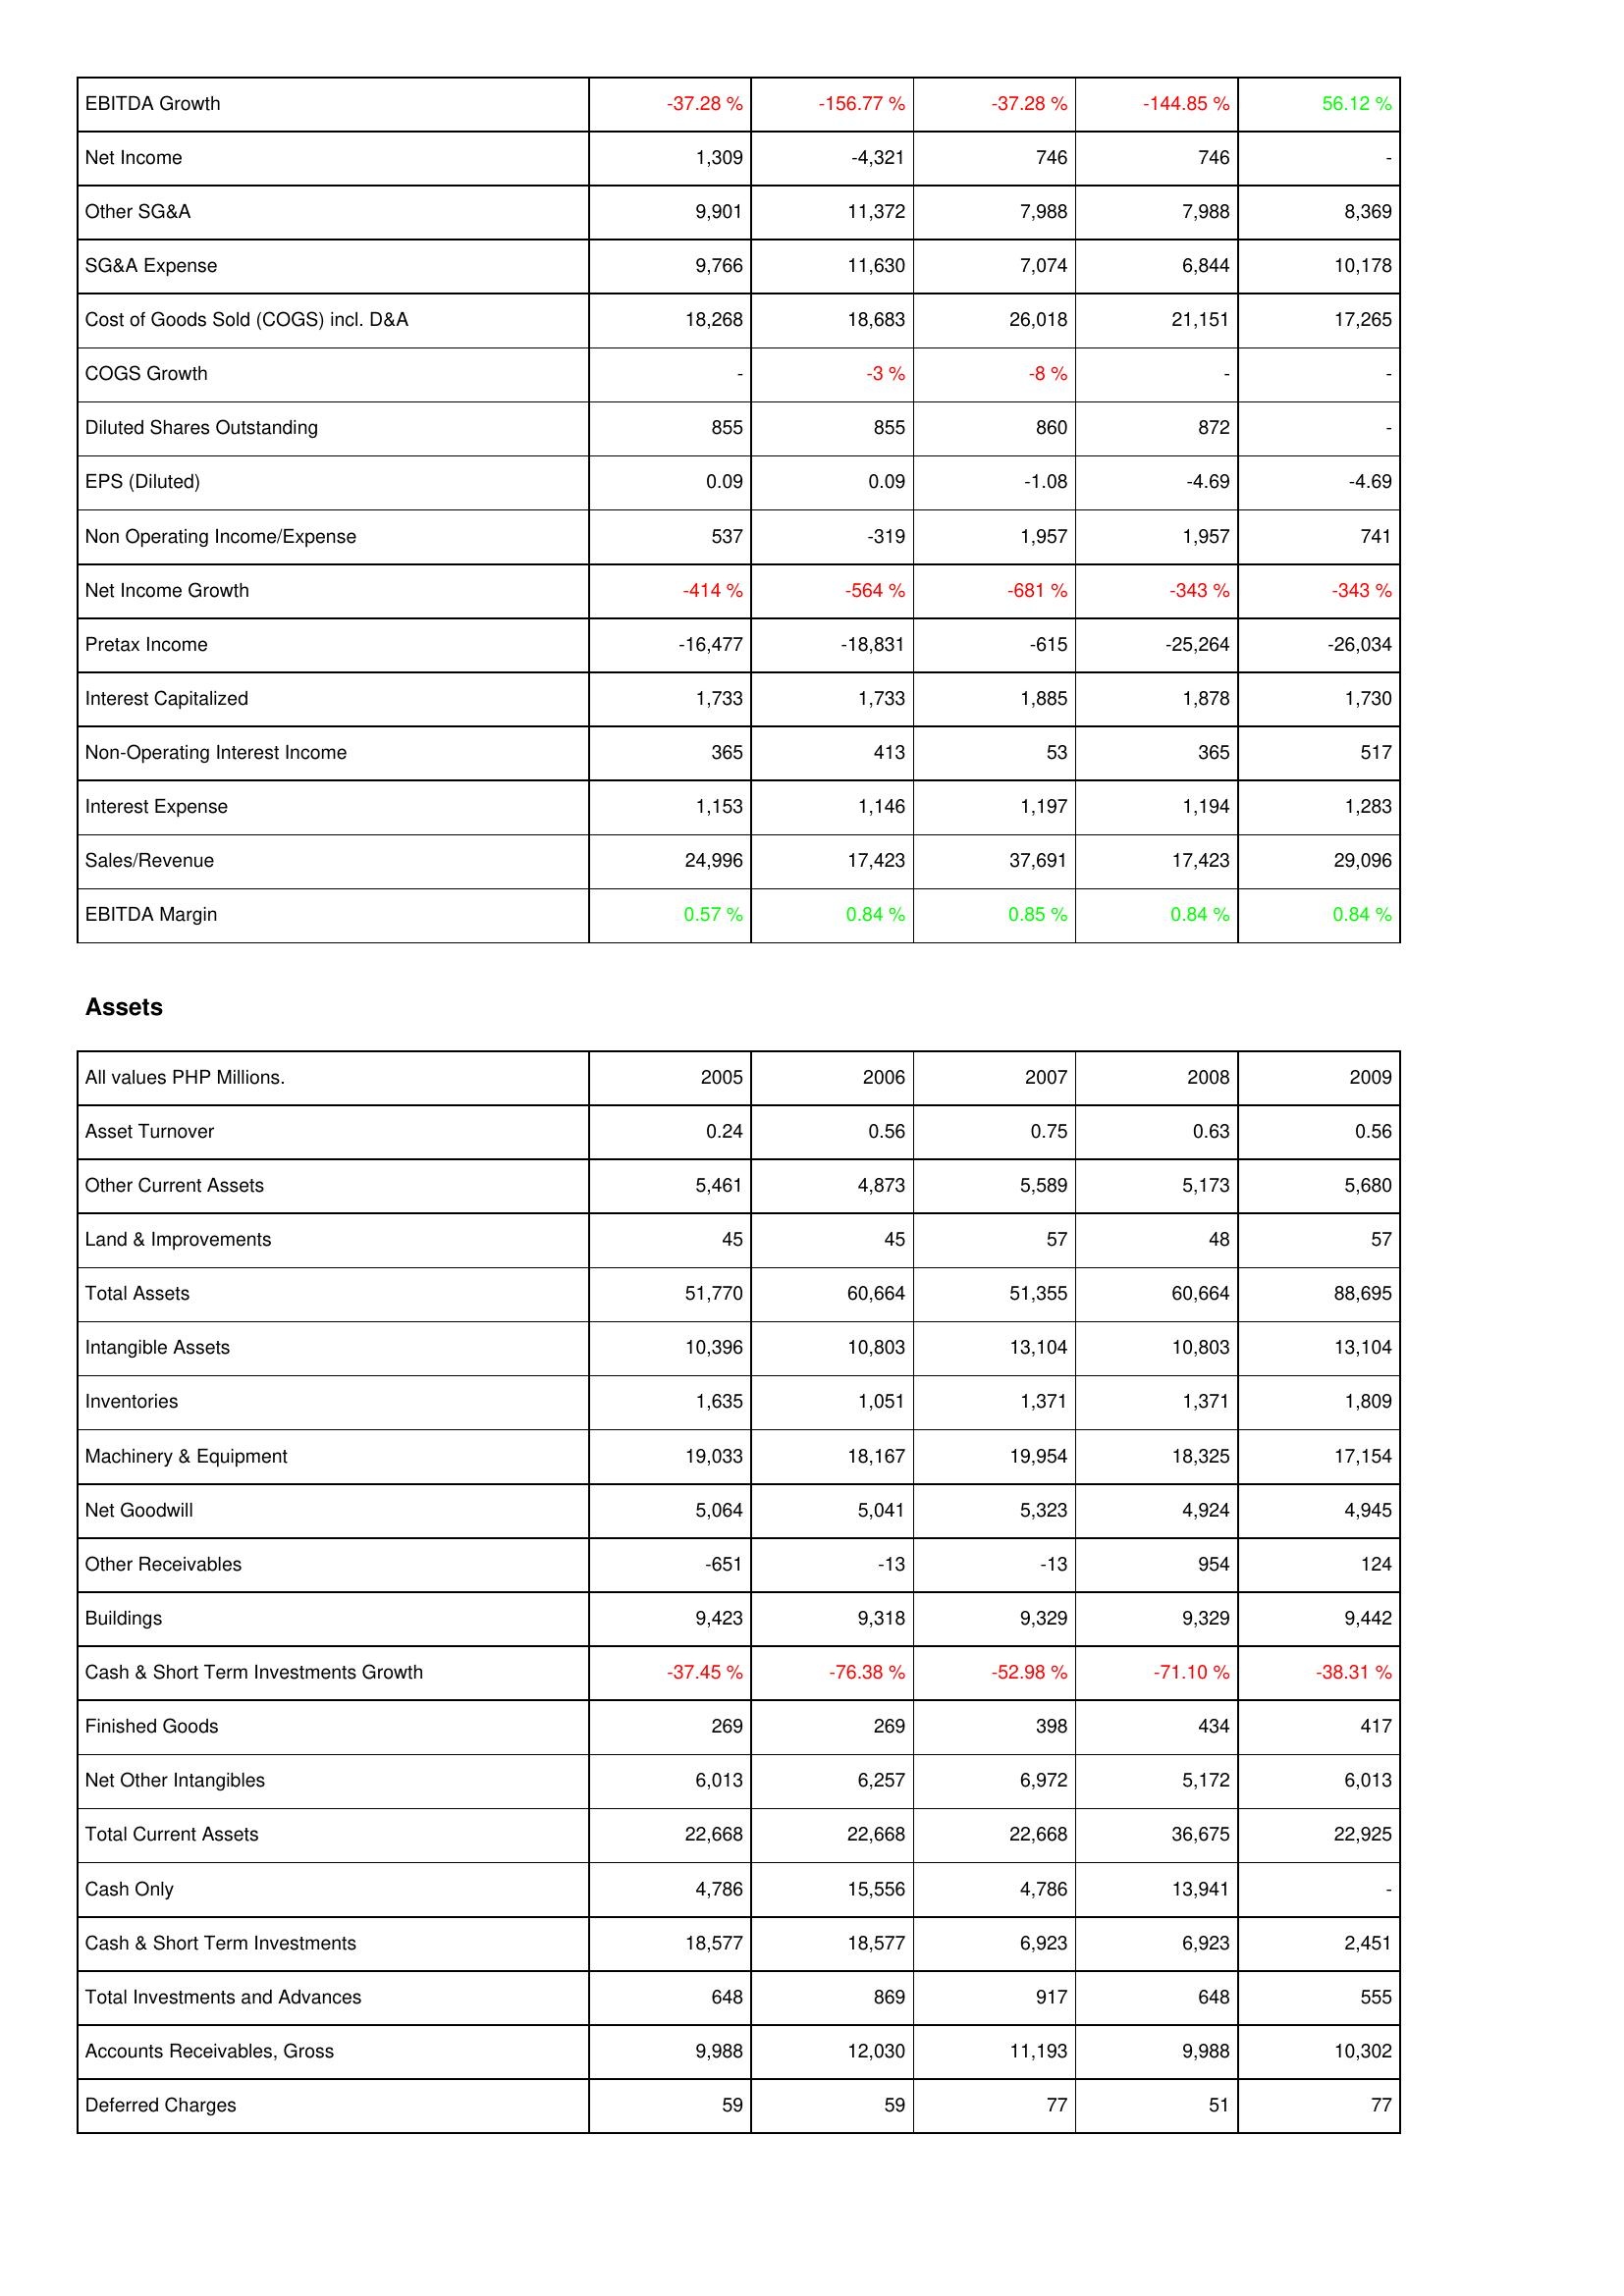
2005: Income Statement: EBITDA Growth: -37.28 %
Net Income: 1,309
Other SG&A: 9,901
SG&A Expense: 9,766
Cost of Goods Sold (COGS) incl. D&A: 18,268
COGS Growth: -
Diluted Shares Outstanding: 855
EPS (Diluted): 0.09
Non Operating Income/Expense: 537
Net Income Growth: -414 %
Pretax Income: -16,477
Interest Capitalized: 1,733
Non-Operating Interest Income: 365
Interest Expense: 1,153
Sales/Revenue: 24,996
EBITDA Margin: 0.57 %
Assets: Asset Turnover: 0.24
Other Current Assets: 5,461
Land & Improvements: 45
Total Assets: 51,770
Intangible Assets: 10,396
Inventories: 1,635
Machinery & Equipment: 19,033
Net Goodwill: 5,064
Other Receivables: -651
Buildings: 9,423
Cash & Short Term Investments Growth: -37.45 %
Finished Goods: 269
Net Other Intangibles: 6,013
Total Current Assets: 22,668
Cash Only: 4,786
Cash & Short Term Investments: 18,577
Total Investments and Advances: 648
Accounts Receivables, Gross: 9,988
Deferred Charges: 59
2006: Income Statement: EBITDA Growth: -156.77 %
Net Income: -4,321
Other SG&A: 11,372
SG&A Expense: 11,630
Cost of Goods Sold (COGS) incl. D&A: 18,683
COGS Growth: -3 %
Diluted Shares Outstanding: 855
EPS (Diluted): 0.09
Non Operating Income/Expense: -319
Net Income Growth: -564 %
Pretax Income: -18,831
Interest Capitalized: 1,733
Non-Operating Interest Income: 413
Interest Expense: 1,146
Sales/Revenue: 17,423
EBITDA Margin: 0.84 %
Assets: Asset Turnover: 0.56
Other Current Assets: 4,873
Land & Improvements: 45
Total Assets: 60,664
Intangible Assets: 10,803
Inventories: 1,051
Machinery & Equipment: 18,167
Net Goodwill: 5,041
Other Receivables: -13
Buildings: 9,318
Cash & Short Term Investments Growth: -76.38 %
Finished Goods: 269
Net Other Intangibles: 6,257
Total Current Assets: 22,668
Cash Only: 15,556
Cash & Short Term Investments: 18,577
Total Investments and Advances: 869
Accounts Receivables, Gross: 12,030
Deferred Charges: 59
2007: Income Statement: EBITDA Growth: -37.28 %
Net Income: 746
Other SG&A: 7,988
SG&A Expense: 7,074
Cost of Goods Sold (COGS) incl. D&A: 26,018
COGS Growth: -8 %
Diluted Shares Outstanding: 860
EPS (Diluted): -1.08
Non Operating Income/Expense: 1,957
Net Income Growth: -681 %
Pretax Income: -615
Interest Capitalized: 1,885
Non-Operating Interest Income: 53
Interest Expense: 1,197
Sales/Revenue: 37,691
EBITDA Margin: 0.85 %
Assets: Asset Turnover: 0.75
Other Current Assets: 5,589
Land & Improvements: 57
Total Assets: 51,355
Intangible Assets: 13,104
Inventories: 1,371
Machinery & Equipment: 19,954
Net Goodwill: 5,323
Other Receivables: -13
Buildings: 9,329
Cash & Short Term Investments Growth: -52.98 %
Finished Goods: 398
Net Other Intangibles: 6,972
Total Current Assets: 22,668
Cash Only: 4,786
Cash & Short Term Investments: 6,923
Total Investments and Advances: 917
Accounts Receivables, Gross: 11,193
Deferred Charges: 77
2008: Income Statement: EBITDA Growth: -144.85 %
Net Income: 746
Other SG&A: 7,988
SG&A Expense: 6,844
Cost of Goods Sold (COGS) incl. D&A: 21,151
COGS Growth: -
Diluted Shares Outstanding: 872
EPS (Diluted): -4.69
Non Operating Income/Expense: 1,957
Net Income Growth: -343 %
Pretax Income: -25,264
Interest Capitalized: 1,878
Non-Operating Interest Income: 365
Interest Expense: 1,194
Sales/Revenue: 17,423
EBITDA Margin: 0.84 %
Assets: Asset Turnover: 0.63
Other Current Assets: 5,173
Land & Improvements: 48
Total Assets: 60,664
Intangible Assets: 10,803
Inventories: 1,371
Machinery & Equipment: 18,325
Net Goodwill: 4,924
Other Receivables: 954
Buildings: 9,329
Cash & Short Term Investments Growth: -71.10 %
Finished Goods: 434
Net Other Intangibles: 5,172
Total Current Assets: 36,675
Cash Only: 13,941
Cash & Short Term Investments: 6,923
Total Investments and Advances: 648
Accounts Receivables, Gross: 9,988
Deferred Charges: 51
2009: Income Statement: EBITDA Growth: 56.12 %
Net Income: -
Other SG&A: 8,369
SG&A Expense: 10,178
Cost of Goods Sold (COGS) incl. D&A: 17,265
COGS Growth: -
Diluted Shares Outstanding: -
EPS (Diluted): -4.69
Non Operating Income/Expense: 741
Net Income Growth: -343 %
Pretax Income: -26,034
Interest Capitalized: 1,730
Non-Operating Interest Income: 517
Interest Expense: 1,283
Sales/Revenue: 29,096
EBITDA Margin: 0.84 %
Assets: Asset Turnover: 0.56
Other Current Assets: 5,680
Land & Improvements: 57
Total Assets: 88,695
Intangible Assets: 13,104
Inventories: 1,809
Machinery & Equipment: 17,154
Net Goodwill: 4,945
Other Receivables: 124
Buildings: 9,442
Cash & Short Term Investments Growth: -38.31 %
Finished Goods: 417
Net Other Intangibles: 6,013
Total Current Assets: 22,925
Cash Only: -
Cash & Short Term Investments: 2,451
Total Investments and Advances: 555
Accounts Receivables, Gross: 10,302
Deferred Charges: 77